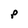
Character: p